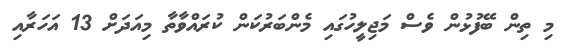
މި ތިން ބޭފުޅުން ވެސް މަޖިލީހުގައި މެންބަރުކަން ކުރައްވާތާ މިއަދަށް 13 އަހަރާއި